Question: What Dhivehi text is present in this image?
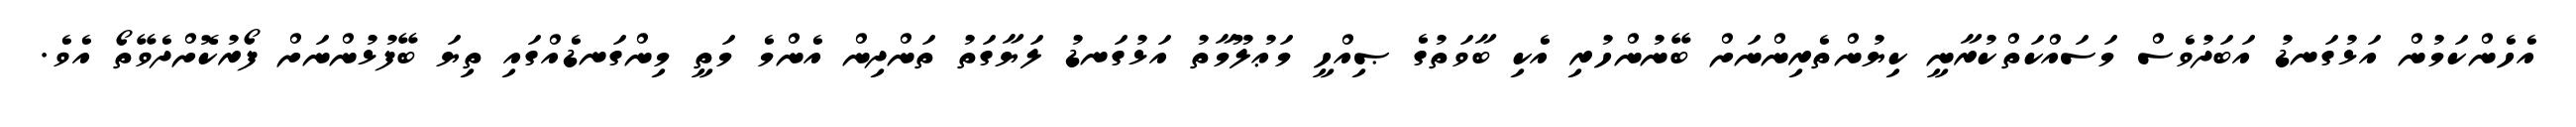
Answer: އެހެންކަމުން އަޅުގަނޑު އަބަދުވެސް މަސައްކަތްކުރާނީ ކިޔުންތެރިންނަށް ބޭނުންހުރި އެކި ބާވަތުގެ ޞިއްހީ މަޢުލޫމާތު އަޅުގަނޑު ލަޔާގަތު ތަންދިން އެންމެ މަތީ މިންގަނޑެއްގައި ތިޔަ ބޭފުޅުންނަށް ފޯރުކޮށްދެވޭތޯ އެވެ.